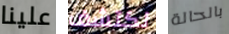
علينا نكتشف بالحالة